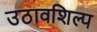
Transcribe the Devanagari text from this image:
उठावशिल्प